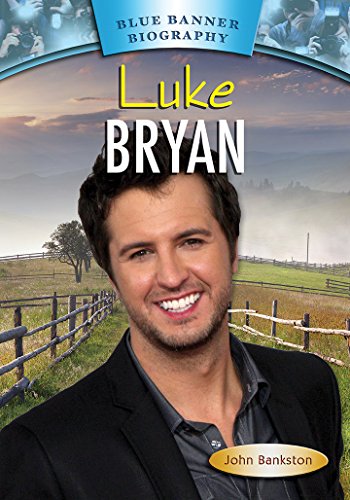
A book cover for Luke Bryan (Blue Banner Biography); John Bankston; Children's Books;